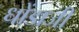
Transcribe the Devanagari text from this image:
धोंडाजी